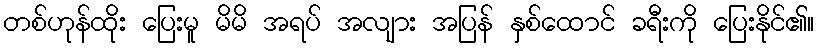
တစ်ဟုန်ထိုး ပြေးမူ မိမိ အရပ် အလျား အပြန် နှစ်ထောင် ခရီးကို ပြေးနိုင်၏။